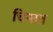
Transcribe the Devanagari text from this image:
चिन्तत